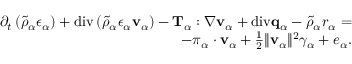
\begin{array} { r } { \partial _ { t } \left( \tilde { \rho } _ { \alpha } \epsilon _ { \alpha } \right) + \mathrm { d i v } \left( \tilde { \rho } _ { \alpha } \epsilon _ { \alpha } \mathbf { v } _ { \alpha } \right) - \mathbf { T } _ { \alpha } : \nabla \mathbf { v } _ { \alpha } + \mathrm { d i v } \mathbf { q } _ { \alpha } - \tilde { \rho } _ { \alpha } r _ { \alpha } = } \\ { - \boldsymbol { \pi } _ { \alpha } \cdot \mathbf { v } _ { \alpha } + \frac { 1 } { 2 } \| \mathbf { v } _ { \alpha } \| ^ { 2 } \gamma _ { \alpha } + e _ { \alpha } . } \end{array}